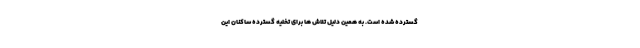
گسترده شده است. به همین دلیل تلاش ها برای تخلیه گسترده ساکنان این